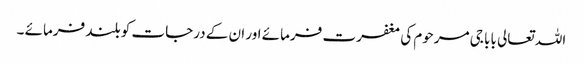
اللہ تعالی بابا جی مرحوم کی مغفرت فرمائے اور ان کے درجات کو بلند فرمائے ۔